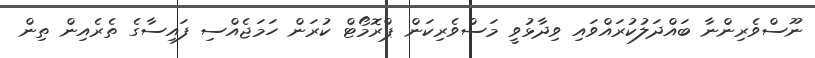
ނޫސްވެރިންނާ ބައްދަލުކުރައްވައި ވިދާޅުވީ މަސްވެރިކަން ޕްރޮމޯޓް ކުރަން ހަމަޖެއްސި ފައިސާގެ ތެރެއިން ތިން